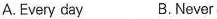
A. Every day B. Never